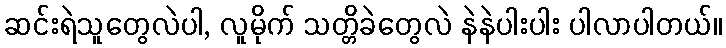
ဆင်းရဲသူတွေလဲပါ, လူမိုက် သတ္တိခဲတွေလဲ နဲနဲပါးပါး ပါလာပါတယ်။